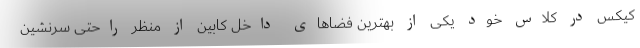
کیکس در کلاس خود یکی از بهترین فضاهای داخل کابین از منظر راحتی سرنشین